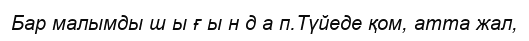
Бар малымды ш ы ғ ы н д а п.Түйеде қом, атта жал,